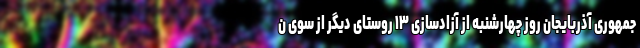
جمهوری آذربایجان روز چهارشنبه از آزادسازی ۱۳ روستای دیگر از سوی ن